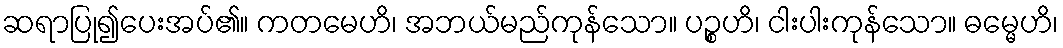
ဆရာပြု၍ပေးအပ်၏။ ကတမေဟိ၊ အဘယ်မည်ကုန်သော။ ပဉ္စဟိ၊ ငါးပါးကုန်သော။ ဓမ္မေဟိ၊